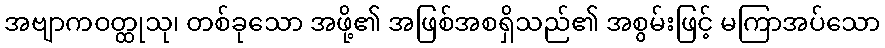
အဗျာကဝတ္ထုသု၊ တစ်ခုသော အဖို့၏ အဖြစ်အစရှိသည်၏ အစွမ်းဖြင့် မကြာအပ်သော